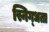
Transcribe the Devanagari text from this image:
स्निग्‍धता